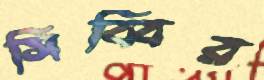
সিব্বির